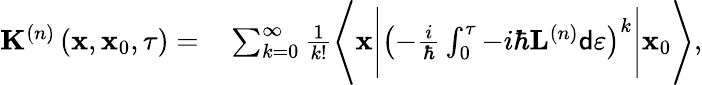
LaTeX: \begin{array}{rl}{\mathbf{K}^{\left(n\right)}\left(\mathbf{x},\mathbf{x}_{0},\tau\right)=}&{{}\sum_{k=0}^{\infty}\frac{1}{k!}\Bigg\langle\mathbf{x}\Bigg\vert\left(-\frac{i}{\hbar}\int_{0}^{\tau}-i\hbar\mathbf{L}^{\left(n\right)}\mathsf{d}\varepsilon\right)^{k}\Bigg\vert\mathbf{x}_{0}\Bigg\rangle,}\end{array}